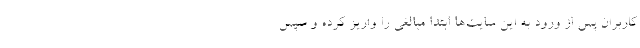
کاربران پس از ورود به این سایت‌ها ابتدا مبالغی را واریز کرده و سپس